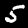
Label: 5